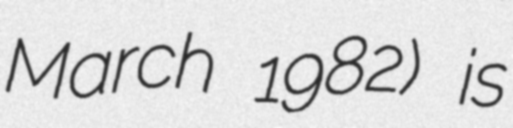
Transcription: March 1982) is